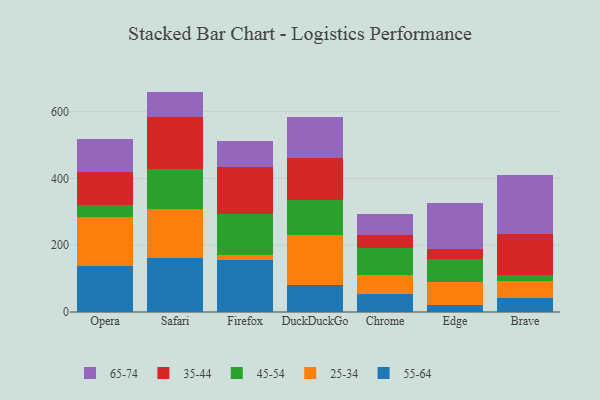
{"axis": {"x": "Browser", "y": "Website Visitors"}, "legend": ["25-34", "35-44", "45-54", "55-64", "65-74"], "data": [{"x": "Opera", "y": 136.7, "type": "55-64"}, {"x": "Opera", "y": 147.3, "type": "25-34"}, {"x": "Opera", "y": 36.7, "type": "45-54"}, {"x": "Opera", "y": 97.5, "type": "35-44"}, {"x": "Opera", "y": 98.4, "type": "65-74"}, {"x": "Safari", "y": 160.3, "type": "55-64"}, {"x": "Safari", "y": 149.5, "type": "25-34"}, {"x": "Safari", "y": 117.5, "type": "45-54"}, {"x": "Safari", "y": 157.6, "type": "35-44"}, {"x": "Safari", "y": 75.0, "type": "65-74"}, {"x": "Firefox", "y": 157.1, "type": "55-64"}, {"x": "Firefox", "y": 12.4, "type": "25-34"}, {"x": "Firefox", "y": 123.2, "type": "45-54"}, {"x": "Firefox", "y": 140.8, "type": "35-44"}, {"x": "Firefox", "y": 77.4, "type": "65-74"}, {"x": "DuckDuckGo", "y": 81.1, "type": "55-64"}, {"x": "DuckDuckGo", "y": 149.1, "type": "25-34"}, {"x": "DuckDuckGo", "y": 104.1, "type": "45-54"}, {"x": "DuckDuckGo", "y": 127.6, "type": "35-44"}, {"x": "DuckDuckGo", "y": 122.6, "type": "65-74"}, {"x": "Chrome", "y": 54.1, "type": "55-64"}, {"x": "Chrome", "y": 57.4, "type": "25-34"}, {"x": "Chrome", "y": 80.9, "type": "45-54"}, {"x": "Chrome", "y": 37.0, "type": "35-44"}, {"x": "Chrome", "y": 63.4, "type": "65-74"}, {"x": "Edge", "y": 21.2, "type": "55-64"}, {"x": "Edge", "y": 68.6, "type": "25-34"}, {"x": "Edge", "y": 67.7, "type": "45-54"}, {"x": "Edge", "y": 31.7, "type": "35-44"}, {"x": "Edge", "y": 135.7, "type": "65-74"}, {"x": "Brave", "y": 41.7, "type": "55-64"}, {"x": "Brave", "y": 51.0, "type": "25-34"}, {"x": "Brave", "y": 19.3, "type": "45-54"}, {"x": "Brave", "y": 121.3, "type": "35-44"}, {"x": "Brave", "y": 176.3, "type": "65-74"}]}